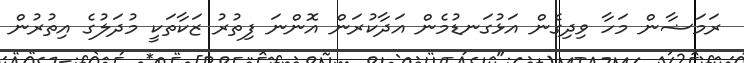
ރަމަޟާން މަހާ ވިދިގެން އަޅުގަނޑުމެން އަދާކުރަން އޮންނަ ފިތުރު ޒަކާތަކީ މުދަލުގެ އިތުރުން